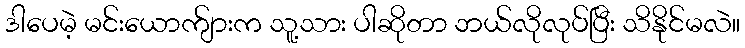
ဒါပေမဲ့ မင်းယောက်ျားက သူ့သား ပါဆိုတာ ဘယ်လိုလုပ်ပြီး သိနိုင်မလဲ။